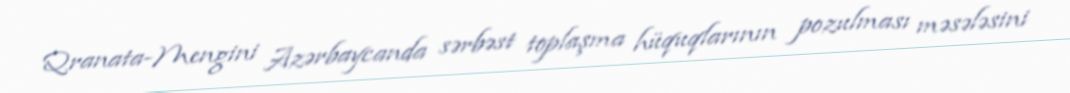
Qranata-Mengini Azərbaycanda sərbəst toplaşma hüquqlarının pozulması məsələsini